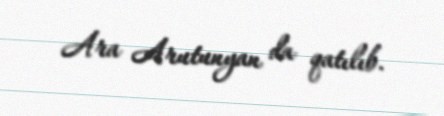
Ara Arutunyan da qatılıb.